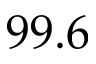
9 9 . 6